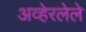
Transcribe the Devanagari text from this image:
अव्हेरलेले